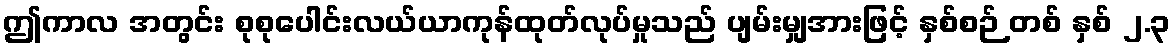
ဤကာလ အတွင်း စုစုပေါင်းလယ်ယာကုန်ထုတ်လုပ်မှုသည် ပျမ်းမျှအားဖြင့် နှစ်စဉ် တစ် နှစ် ၂.၃